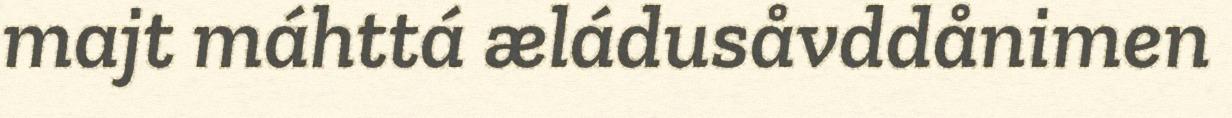
majt máhttá æládusåvddånimen